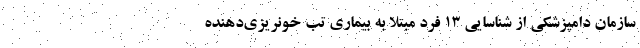
سازمان دامپزشکی از شناسایی ۱۳ فرد مبتلا به بیماری تب خونریزی‌دهنده